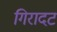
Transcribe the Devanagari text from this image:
गिरादट